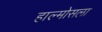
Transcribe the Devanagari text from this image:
हाल्मोसला